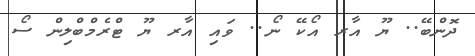
ދޮންބޭ.. ޔޫ އާރ އޯކޭ ނޯ.. ވައި އާރ ޔޫ ޓްރެމްބްލިން ސޯ